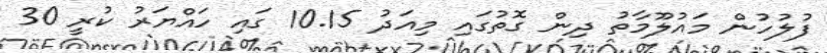
ފުލުހުން މައުލޫމާތު ދިން ގޮތުގައި މިއަދު 10.15 ގައި ހައްޔަރު ކުރީ 30